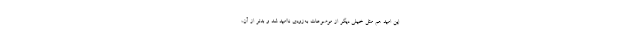
این امید هم مثل خیلی دیگر از موضوعات به‌زودی ناامید شد و بدتر از آن،